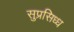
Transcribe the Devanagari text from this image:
सुप्रसिध्ध